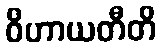
ဝိဟာယတီတိ